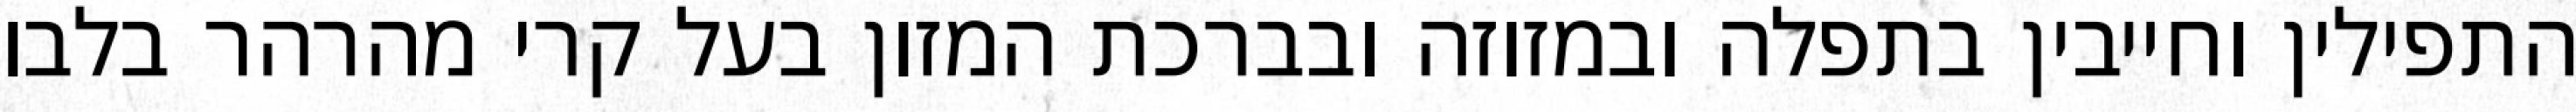
התפילין וחייבין בתפלה ובמזוזה ובברכת המזון בעל קרי מהרהר בלבו